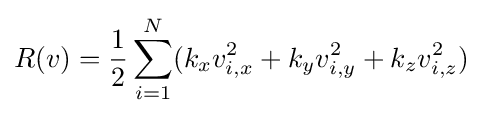
R(v)={\frac {1}{2}}\sum _{i=1}^{N}(k_{x}v_{i,x}^{2}+k_{y}v_{i,y}^{2}+k_{z}v_{i,z}^{2})